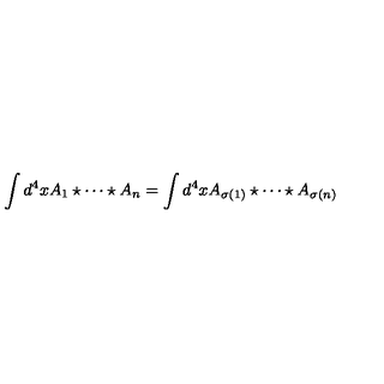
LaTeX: \int d ^ { 4 } x A _ { 1 } \star \cdots \star A _ { n } = \int d ^ { 4 } x A _ { \sigma ( 1 ) } \star \cdots \star A _ { \sigma ( n ) }